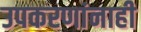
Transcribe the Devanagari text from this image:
उपकरणांनाही